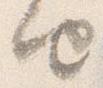
由